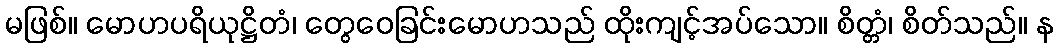
မဖြစ်။ မောဟပရိယုဋ္ဌိတံ၊ တွေဝေခြင်းမောဟသည် ထိုးကျင့်အပ်သော။ စိတ္တံ၊ စိတ်သည်။ န